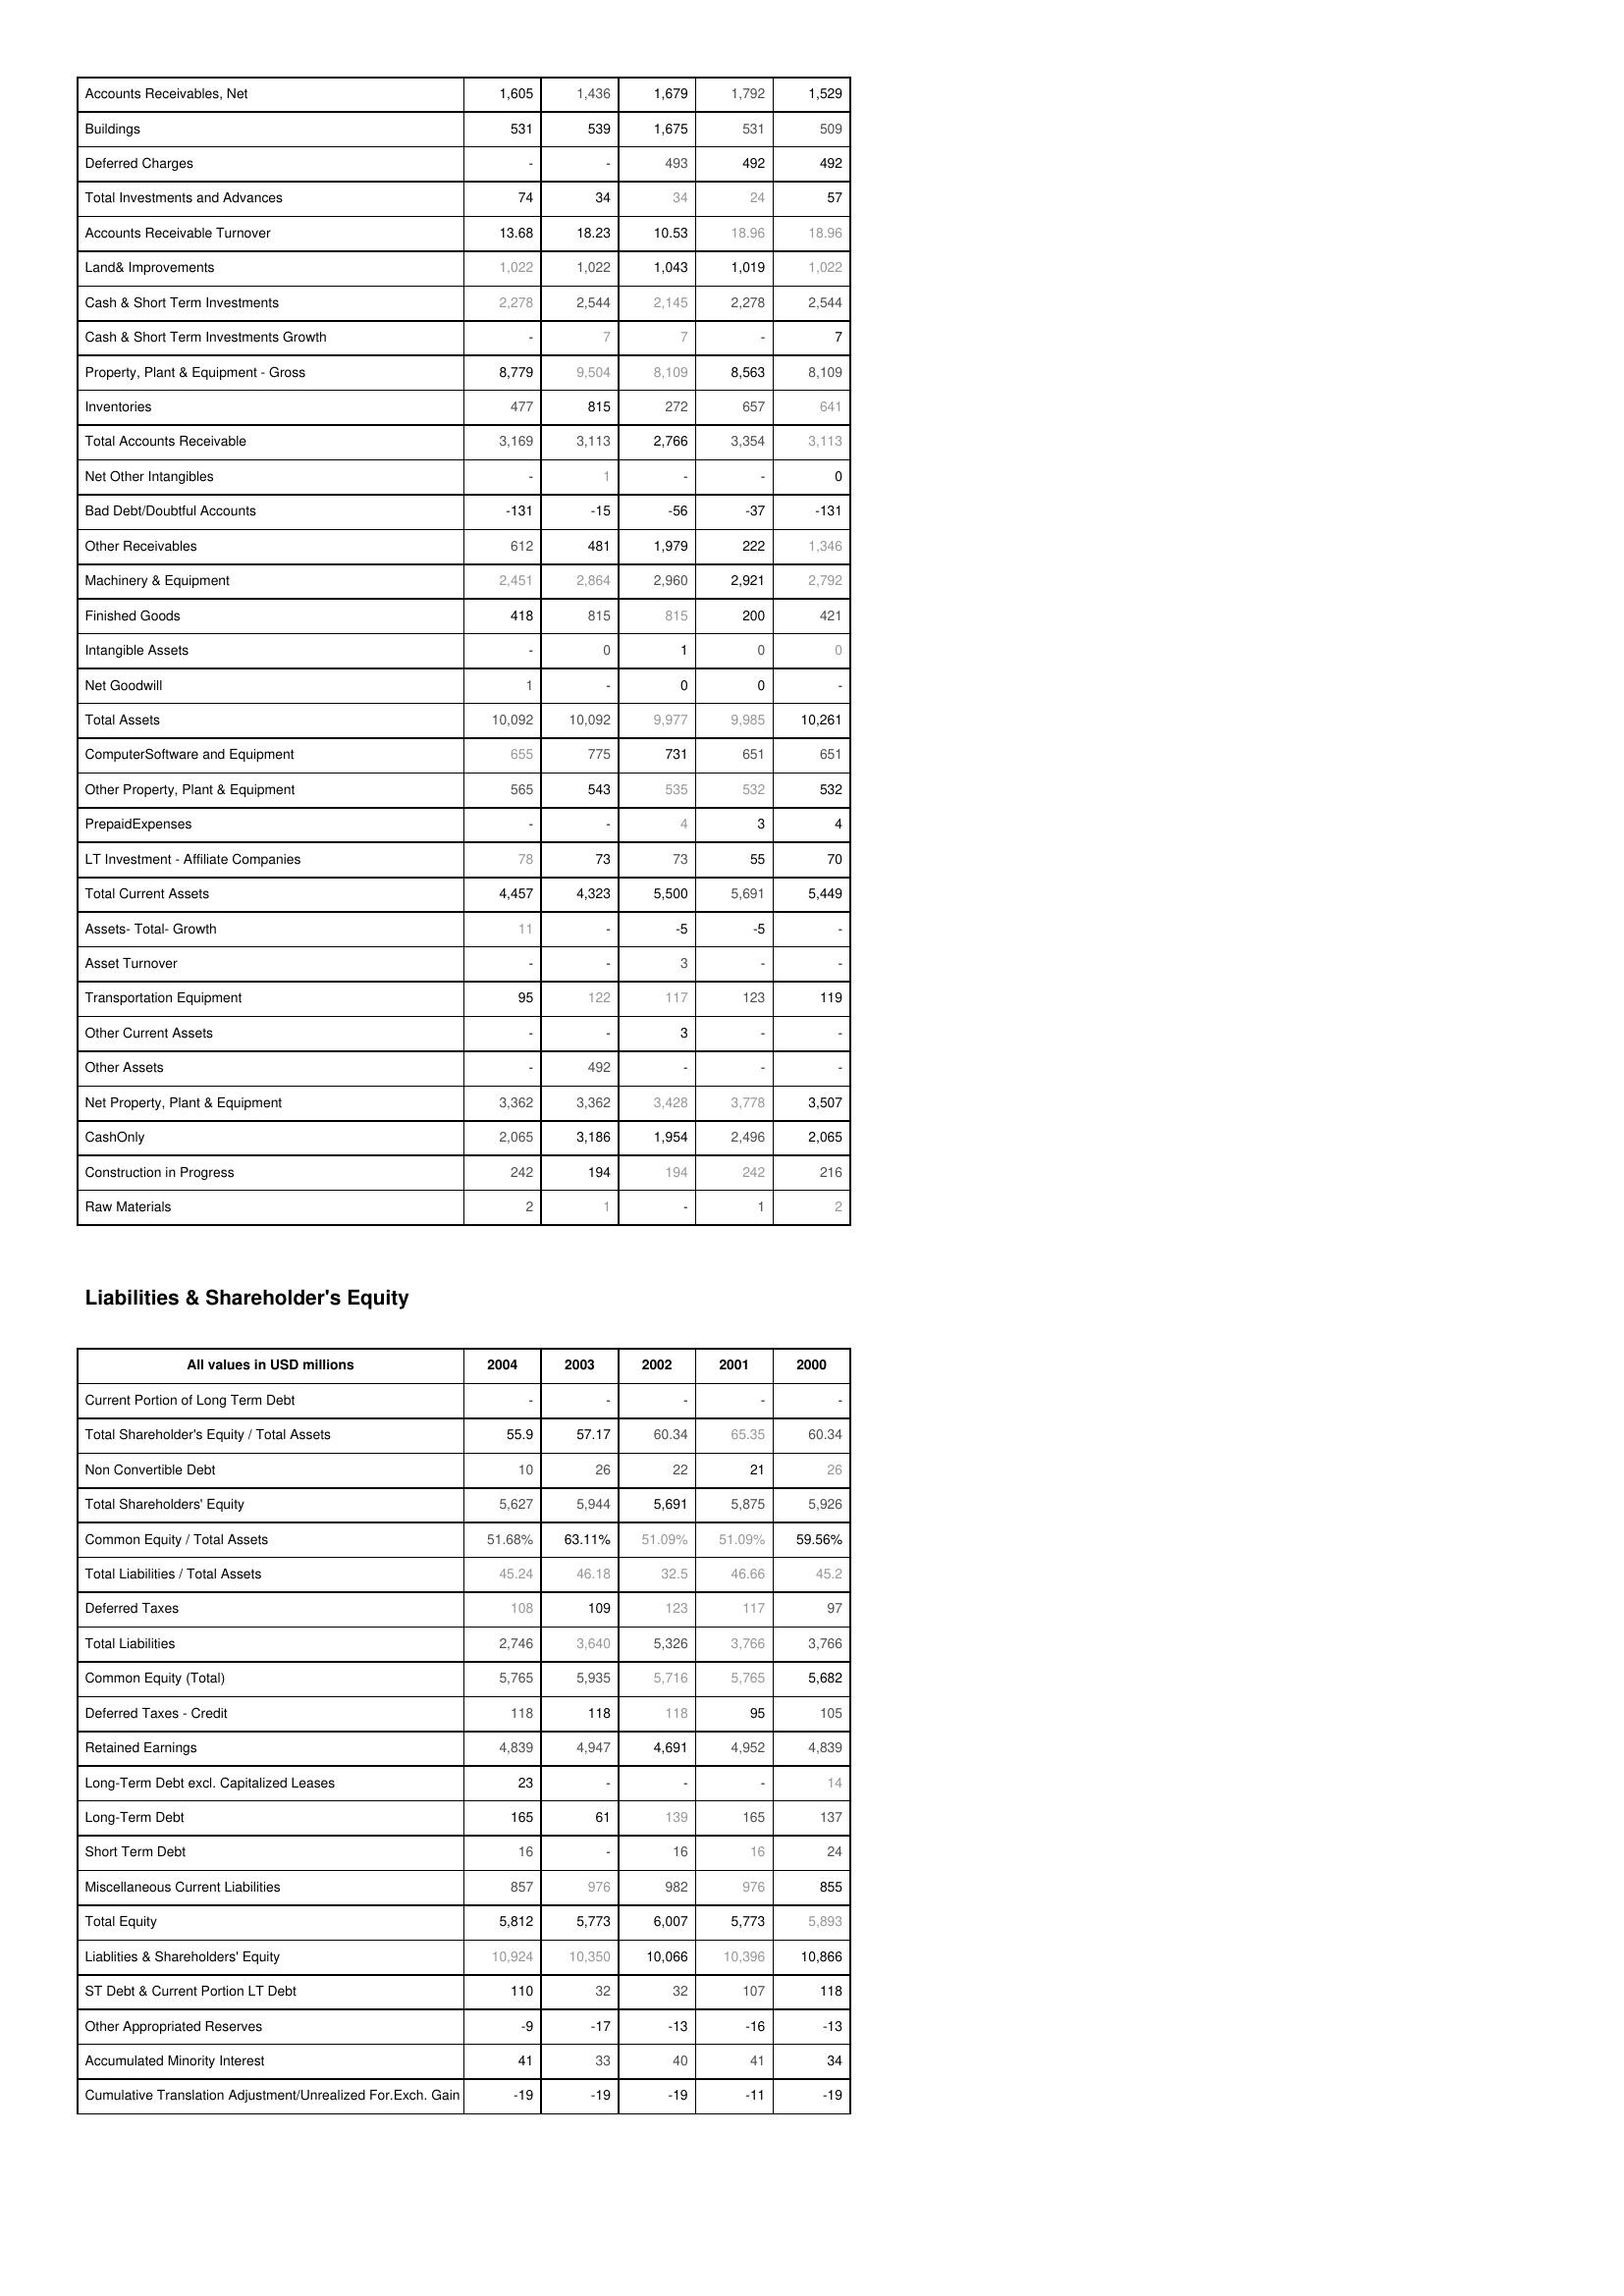
2004: Assets: Accounts Receivables, Net: 1,605
Buildings: 531
Deferred Charges: -
Total Investments and Advances: 74
Accounts Receivable Turnover: 13.68
Land& Improvements: 1,022
Cash & Short Term Investments: 2,278
Cash & Short Term Investments Growth: -
Property, Plant & Equipment - Gross : 8,779
Inventories: 477
Total Accounts Receivable: 3,169
Net Other Intangibles: -
Bad Debt/Doubtful Accounts: -131
Other Receivables: 612
Machinery & Equipment: 2,451
Finished Goods: 418
Intangible Assets: -
Net Goodwill: 1
Total Assets: 10,092
ComputerSoftware and Equipment: 655
Other Property, Plant & Equipment: 565
PrepaidExpenses: -
LT Investment - Affiliate Companies: 78
Total Current Assets: 4,457
Assets- Total- Growth: 11
Asset Turnover: -
Transportation Equipment: 95
Other Current Assets: -
Other Assets: -
Net Property, Plant & Equipment: 3,362
CashOnly: 2,065
Construction in Progress: 242
Raw Materials: 2
Liabilities & Shareholder's Equity: Current Portion of Long Term Debt: -
Total Shareholder's Equity / Total Assets: 55.9
Non Convertible Debt: 10
Total Shareholders' Equity: 5,627
Common Equity / Total Assets: 51.68%
Total Liabilities / Total Assets: 45.24
Deferred Taxes: 108
Total Liabilities: 2,746
Common Equity (Total): 5,765
Deferred Taxes - Credit: 118
Retained Earnings: 4,839
Long-Term Debt excl. Capitalized Leases: 23
Long-Term Debt: 165
Short Term Debt: 16
Miscellaneous Current Liabilities: 857
Total Equity: 5,812
Liablities & Shareholders' Equity: 10,924
ST Debt & Current Portion LT Debt: 110
Other Appropriated Reserves: -9
Accumulated Minority Interest: 41
Cumulative Translation Adjustment/Unrealized For.Exch. Gain: -19
2003: Assets: Accounts Receivables, Net: 1,436
Buildings: 539
Deferred Charges: -
Total Investments and Advances: 34
Accounts Receivable Turnover: 18.23
Land& Improvements: 1,022
Cash & Short Term Investments: 2,544
Cash & Short Term Investments Growth: 7
Property, Plant & Equipment - Gross : 9,504
Inventories: 815
Total Accounts Receivable: 3,113
Net Other Intangibles: 1
Bad Debt/Doubtful Accounts: -15
Other Receivables: 481
Machinery & Equipment: 2,864
Finished Goods: 815
Intangible Assets: 0
Net Goodwill: -
Total Assets: 10,092
ComputerSoftware and Equipment: 775
Other Property, Plant & Equipment: 543
PrepaidExpenses: -
LT Investment - Affiliate Companies: 73
Total Current Assets: 4,323
Assets- Total- Growth: -
Asset Turnover: -
Transportation Equipment: 122
Other Current Assets: -
Other Assets: 492
Net Property, Plant & Equipment: 3,362
CashOnly: 3,186
Construction in Progress: 194
Raw Materials: 1
Liabilities & Shareholder's Equity: Current Portion of Long Term Debt: -
Total Shareholder's Equity / Total Assets: 57.17
Non Convertible Debt: 26
Total Shareholders' Equity: 5,944
Common Equity / Total Assets: 63.11%
Total Liabilities / Total Assets: 46.18
Deferred Taxes: 109
Total Liabilities: 3,640
Common Equity (Total): 5,935
Deferred Taxes - Credit: 118
Retained Earnings: 4,947
Long-Term Debt excl. Capitalized Leases: -
Long-Term Debt: 61
Short Term Debt: -
Miscellaneous Current Liabilities: 976
Total Equity: 5,773
Liablities & Shareholders' Equity: 10,350
ST Debt & Current Portion LT Debt: 32
Other Appropriated Reserves: -17
Accumulated Minority Interest: 33
Cumulative Translation Adjustment/Unrealized For.Exch. Gain: -19
2002: Assets: Accounts Receivables, Net: 1,679
Buildings: 1,675
Deferred Charges: 493
Total Investments and Advances: 34
Accounts Receivable Turnover: 10.53
Land& Improvements: 1,043
Cash & Short Term Investments: 2,145
Cash & Short Term Investments Growth: 7
Property, Plant & Equipment - Gross : 8,109
Inventories: 272
Total Accounts Receivable: 2,766
Net Other Intangibles: -
Bad Debt/Doubtful Accounts: -56
Other Receivables: 1,979
Machinery & Equipment: 2,960
Finished Goods: 815
Intangible Assets: 1
Net Goodwill: 0
Total Assets: 9,977
ComputerSoftware and Equipment: 731
Other Property, Plant & Equipment: 535
PrepaidExpenses: 4
LT Investment - Affiliate Companies: 73
Total Current Assets: 5,500
Assets- Total- Growth: -5
Asset Turnover: 3
Transportation Equipment: 117
Other Current Assets: 3
Other Assets: -
Net Property, Plant & Equipment: 3,428
CashOnly: 1,954
Construction in Progress: 194
Raw Materials: -
Liabilities & Shareholder's Equity: Current Portion of Long Term Debt: -
Total Shareholder's Equity / Total Assets: 60.34
Non Convertible Debt: 22
Total Shareholders' Equity: 5,691
Common Equity / Total Assets: 51.09%
Total Liabilities / Total Assets: 32.5
Deferred Taxes: 123
Total Liabilities: 5,326
Common Equity (Total): 5,716
Deferred Taxes - Credit: 118
Retained Earnings: 4,691
Long-Term Debt excl. Capitalized Leases: -
Long-Term Debt: 139
Short Term Debt: 16
Miscellaneous Current Liabilities: 982
Total Equity: 6,007
Liablities & Shareholders' Equity: 10,066
ST Debt & Current Portion LT Debt: 32
Other Appropriated Reserves: -13
Accumulated Minority Interest: 40
Cumulative Translation Adjustment/Unrealized For.Exch. Gain: -19
2001: Assets: Accounts Receivables, Net: 1,792
Buildings: 531
Deferred Charges: 492
Total Investments and Advances: 24
Accounts Receivable Turnover: 18.96
Land& Improvements: 1,019
Cash & Short Term Investments: 2,278
Cash & Short Term Investments Growth: -
Property, Plant & Equipment - Gross : 8,563
Inventories: 657
Total Accounts Receivable: 3,354
Net Other Intangibles: -
Bad Debt/Doubtful Accounts: -37
Other Receivables: 222
Machinery & Equipment: 2,921
Finished Goods: 200
Intangible Assets: 0
Net Goodwill: 0
Total Assets: 9,985
ComputerSoftware and Equipment: 651
Other Property, Plant & Equipment: 532
PrepaidExpenses: 3
LT Investment - Affiliate Companies: 55
Total Current Assets: 5,691
Assets- Total- Growth: -5
Asset Turnover: -
Transportation Equipment: 123
Other Current Assets: -
Other Assets: -
Net Property, Plant & Equipment: 3,778
CashOnly: 2,496
Construction in Progress: 242
Raw Materials: 1
Liabilities & Shareholder's Equity: Current Portion of Long Term Debt: -
Total Shareholder's Equity / Total Assets: 65.35
Non Convertible Debt: 21
Total Shareholders' Equity: 5,875
Common Equity / Total Assets: 51.09%
Total Liabilities / Total Assets: 46.66
Deferred Taxes: 117
Total Liabilities: 3,766
Common Equity (Total): 5,765
Deferred Taxes - Credit: 95
Retained Earnings: 4,952
Long-Term Debt excl. Capitalized Leases: -
Long-Term Debt: 165
Short Term Debt: 16
Miscellaneous Current Liabilities: 976
Total Equity: 5,773
Liablities & Shareholders' Equity: 10,396
ST Debt & Current Portion LT Debt: 107
Other Appropriated Reserves: -16
Accumulated Minority Interest: 41
Cumulative Translation Adjustment/Unrealized For.Exch. Gain: -11
2000: Assets: Accounts Receivables, Net: 1,529
Buildings: 509
Deferred Charges: 492
Total Investments and Advances: 57
Accounts Receivable Turnover: 18.96
Land& Improvements: 1,022
Cash & Short Term Investments: 2,544
Cash & Short Term Investments Growth: 7
Property, Plant & Equipment - Gross : 8,109
Inventories: 641
Total Accounts Receivable: 3,113
Net Other Intangibles: 0
Bad Debt/Doubtful Accounts: -131
Other Receivables: 1,346
Machinery & Equipment: 2,792
Finished Goods: 421
Intangible Assets: 0
Net Goodwill: -
Total Assets: 10,261
ComputerSoftware and Equipment: 651
Other Property, Plant & Equipment: 532
PrepaidExpenses: 4
LT Investment - Affiliate Companies: 70
Total Current Assets: 5,449
Assets- Total- Growth: -
Asset Turnover: -
Transportation Equipment: 119
Other Current Assets: -
Other Assets: -
Net Property, Plant & Equipment: 3,507
CashOnly: 2,065
Construction in Progress: 216
Raw Materials: 2
Liabilities & Shareholder's Equity: Current Portion of Long Term Debt: -
Total Shareholder's Equity / Total Assets: 60.34
Non Convertible Debt: 26
Total Shareholders' Equity: 5,926
Common Equity / Total Assets: 59.56%
Total Liabilities / Total Assets: 45.2
Deferred Taxes: 97
Total Liabilities: 3,766
Common Equity (Total): 5,682
Deferred Taxes - Credit: 105
Retained Earnings: 4,839
Long-Term Debt excl. Capitalized Leases: 14
Long-Term Debt: 137
Short Term Debt: 24
Miscellaneous Current Liabilities: 855
Total Equity: 5,893
Liablities & Shareholders' Equity: 10,866
ST Debt & Current Portion LT Debt: 118
Other Appropriated Reserves: -13
Accumulated Minority Interest: 34
Cumulative Translation Adjustment/Unrealized For.Exch. Gain: -19